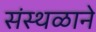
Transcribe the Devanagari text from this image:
संस्थळाने